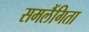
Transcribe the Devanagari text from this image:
समलैंगिता